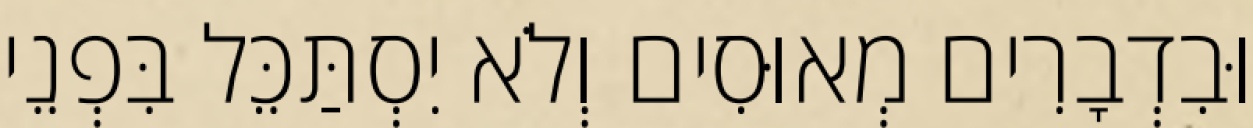
וּבִדְבָרִים מְאוּסִים וְלֹא יִסְתַּכֵּל בִּפְנֵי